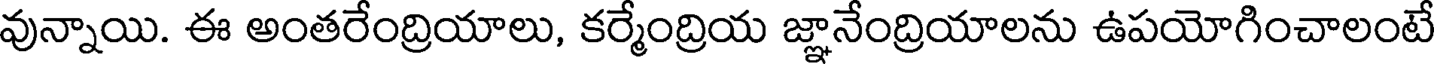
వున్నాయి. ఈ అంతరేంద్రియాలు, కర్మేంద్రియ జ్ఞానేంద్రియాలను ఉపయోగించాలంటే